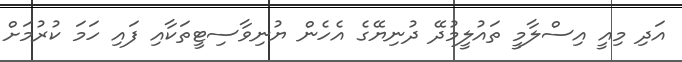
އަދިި މިއީ އިސްލާމީ ތައުލީމުދޭ ދުނިޔޭގެ އެހެން ޔުނިވާސިޓީތަކާއި ފައި ހަމަ ކުރުމަށް